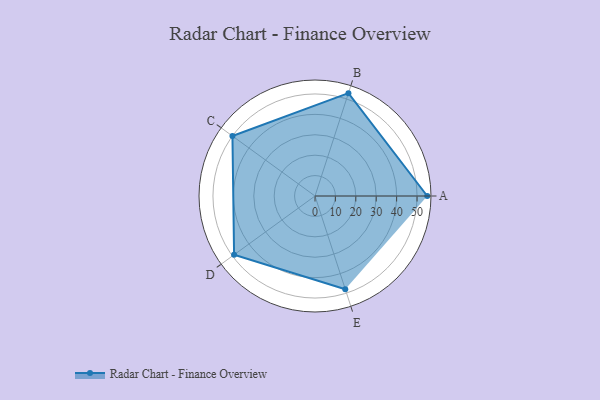
{"axis": {"x": "Skill", "y": "Score"}, "legend": ["Profile"], "data": [{"x": "A", "y": 55.0, "type": "Profile"}, {"x": "B", "y": 53.0, "type": "Profile"}, {"x": "C", "y": 50.0, "type": "Profile"}, {"x": "D", "y": 49.0, "type": "Profile"}, {"x": "E", "y": 48.0, "type": "Profile"}]}